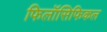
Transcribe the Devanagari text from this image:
फिलॉसिफिकल